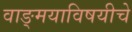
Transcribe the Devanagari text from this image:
वाङ्‌मयाविषयीचे